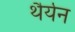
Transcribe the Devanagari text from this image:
थैर्यन